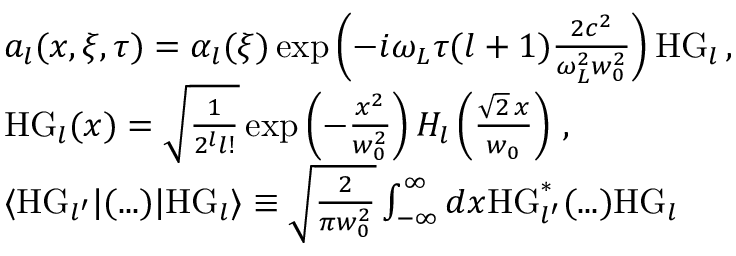
\begin{array} { r l } & { a _ { l } ( x , \xi , \tau ) = \alpha _ { l } ( \xi ) \exp \left( - i \omega _ { L } \tau ( l + 1 ) \frac { 2 c ^ { 2 } } { \omega _ { L } ^ { 2 } w _ { 0 } ^ { 2 } } \right) \mathrm { H G } _ { l } \, , } \\ & { \mathrm { H G } _ { l } ( x ) = \sqrt { \frac { 1 } { 2 ^ { l } l ! } } \exp \left( - \frac { x ^ { 2 } } { w _ { 0 } ^ { 2 } } \right) H _ { l } \left( \frac { \sqrt { 2 } \, x } { w _ { 0 } } \right) \, , } \\ & { \langle \mathrm { H G } _ { l ^ { \prime } } | ( . . . ) | \mathrm { H G } _ { l } \rangle \equiv \sqrt { \frac { 2 } { \pi w _ { 0 } ^ { 2 } } } \int _ { - \infty } ^ { \infty } d x \mathrm { H G } _ { l ^ { \prime } } ^ { * } ( . . . ) \mathrm { H G } _ { l } } \end{array}